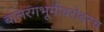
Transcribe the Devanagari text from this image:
बालरंगभूमीबरोबरच